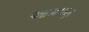
આમપણ